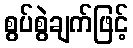
စွပ်စွဲချက်ဖြင့်